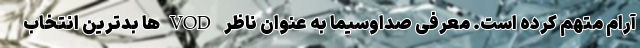
آرام متهم کرده است. معرفی صداوسیما به عنوان ناظر VODها بدترین انتخاب